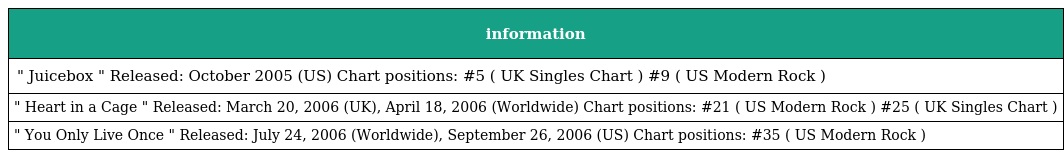
| information |
 | --- |
 | " Juicebox " Released: October 2005 (US) Chart positions: #5 ( UK Singles Chart ) #9 ( US Modern Rock ) |
 | " Heart in a Cage " Released: March 20, 2006 (UK), April 18, 2006 (Worldwide) Chart positions: #21 ( US Modern Rock ) #25 ( UK Singles Chart ) |
 | " You Only Live Once " Released: July 24, 2006 (Worldwide), September 26, 2006 (US) Chart positions: #35 ( US Modern Rock ) |